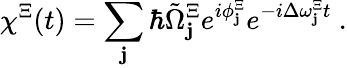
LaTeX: \chi^{\Xi}(t)=\sum_{\mathbf{j}}\hbar\tilde{{\Omega}}_{\mathbf{j}}^{\Xi}e^{i\phi_{\mathbf{j}}^{\Xi}}e^{-i\Delta\omega_{\mathbf{j}}^{\Xi}t}\ .